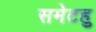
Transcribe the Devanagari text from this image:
समेटहु